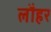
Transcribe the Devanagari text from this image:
लौहर